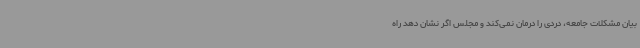
بیان مشکلات جامعه، دردی را درمان نمی‌کند و مجلس اگر نشان دهد راه